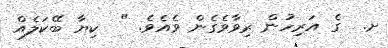
ށ.  ގެ އަރިހުން ރިވާވެގެން ވެއެވެ. "  ކިޔާ ބޭކަލެއް